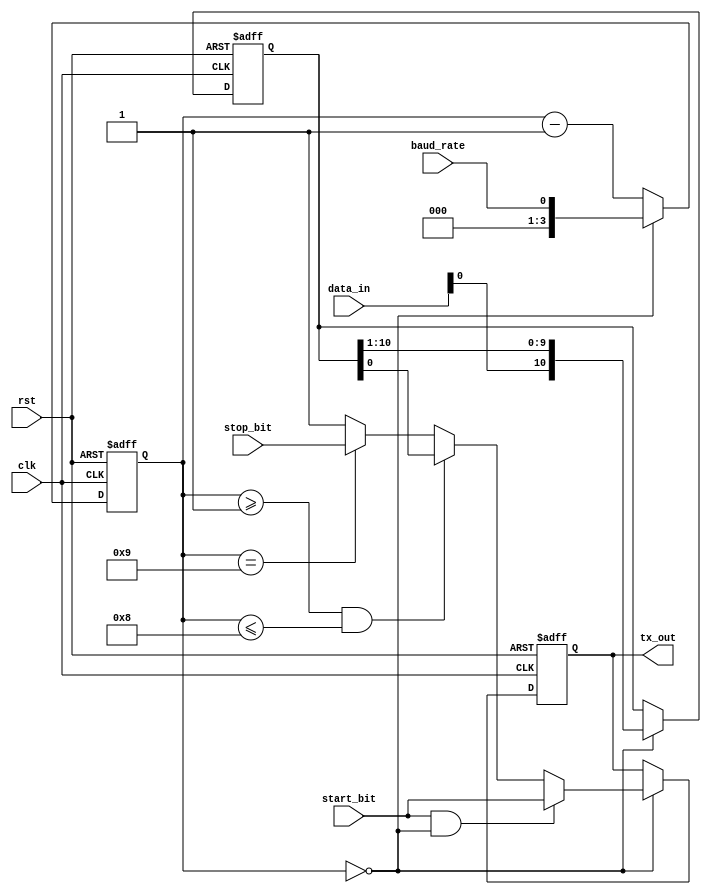
module UART_transmitter (
  input wire clk,
  input wire rst,
  input wire [7:0] data_in,
  input wire start_bit,
  input wire stop_bit,
  input wire baud_rate,
  output reg tx_out
);

reg [10:0] shift_reg;
reg [3:0] baud_counter;

always @ (posedge clk or posedge rst) begin
  if (rst) begin
    shift_reg <= 11'b0;
    baud_counter <= 4'b0;
    tx_out <= 1'b1; // idle state
  end else begin
    if (baud_counter == 0) begin
      shift_reg <= {data_in, shift_reg[10:1]};
      if (start_bit && baud_counter == 0) begin
        tx_out <= start_bit; // transmit start bit
      end else if (baud_counter >= 1 && baud_counter <= 8) begin
        tx_out <= shift_reg[0]; // transmit data bits
      end else if (baud_counter == 9) begin
        tx_out <= stop_bit; // transmit stop bit
      end else begin
        tx_out <= 1'b1; // idle state
      end
      baud_counter <= baud_rate;
    end else begin
      baud_counter <= baud_counter - 1;
    end
  end
end

endmodule